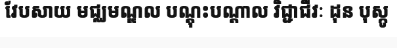
វែបសាយ មជ្ឈមណ្ឌល បណ្តុះបណ្តាល វិជ្ជាជីវៈ ដុន បុស្កូ